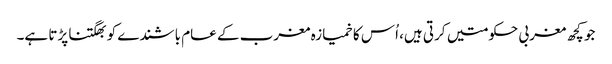
جو کچھ مغربی حکومتیں کرتی ہیں، اُس کا خمیازہ مغرب کے عام باشندے کو بھگتنا پڑتا ہے۔